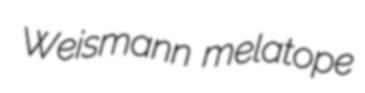
Weismann melatope